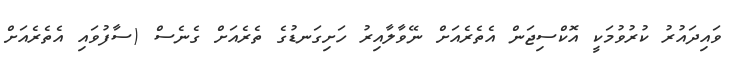
ވައިދައުރު ކުރުވުމަކީ އޮކްސިޖަން އެތެރެއަށް ނޭވާލާއިރު ހަށިގަނޑުގެ ތެރެއަށް ގެނެސް (ސާފުވައި އެތެރެއަށް